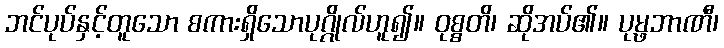
ဘင်ပုပ်နှင့်တူသော စကားရှိသောပုဂ္ဂိုလ်ဟူ၍။ ဝုစ္စတိ၊ ဆိုအပ်၏။ ပုမ္ဖဘာဏီ၊